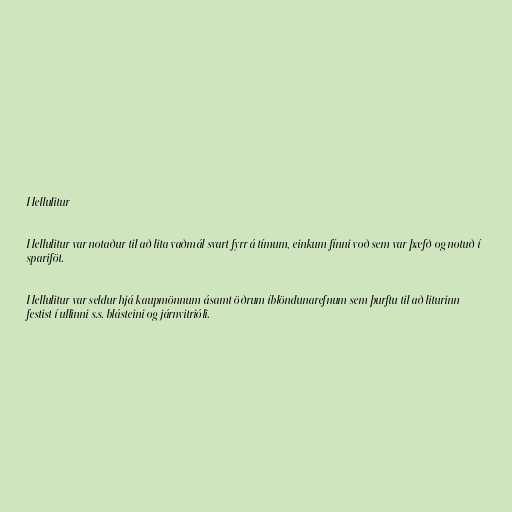
Hellulitur

Hellulitur var notaður til að lita vaðmál svart fyrr á tímum, einkum fínni voð sem var þæfð og notuð í
spariföt.

Hellulitur var seldur hjá kaupmönnum ásamt öðrum íblöndunarefnum sem þurftu til að liturinn
festist í ullinni s.s. blásteini og járnvitrióli.